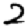
Digit: 2